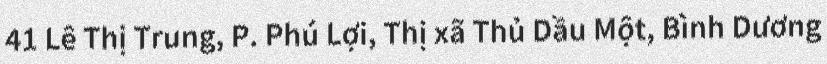
41 Lê Thị Trung, P. Phú Lợi, Thị xã Thủ Dầu Một, Bình Dương